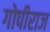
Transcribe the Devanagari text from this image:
गोपीराज